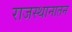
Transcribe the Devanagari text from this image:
राजस्थानातन